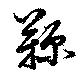
鞠